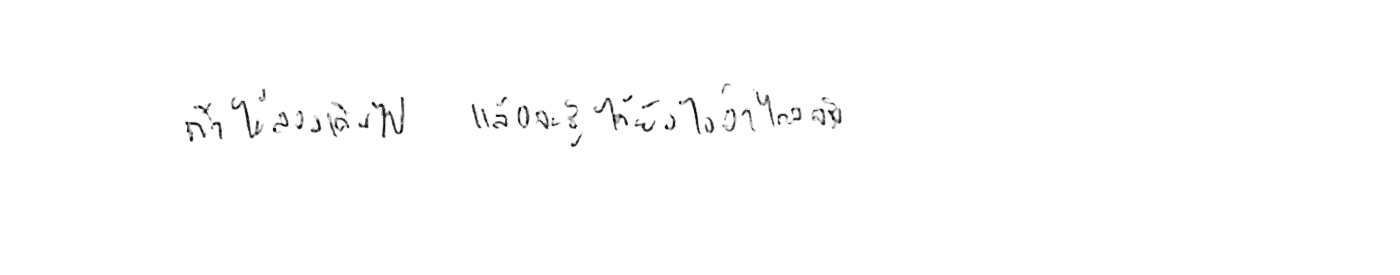
ถ้าไม่ลองเดินไป แล้วจะรู้ได้ยังไงว่าไกลจริง